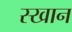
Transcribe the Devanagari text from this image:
स्खान